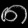
Digit: ၈